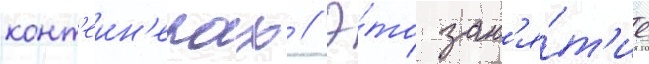
конт'еин'ерах // Э́то зан'я́т'ие